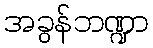
အခွန်ဘဏ္ဍာ